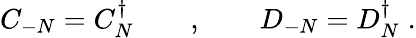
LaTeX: C_{-N}=C_{N}^{\dagger}\qquad,\qquad D_{-N}=D_{N}^{\dagger}\; .